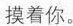
摸着你。